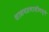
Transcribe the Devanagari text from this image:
शासनप्रणालीमध्ये